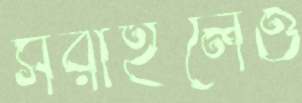
সরাইলেও